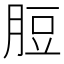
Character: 脰